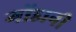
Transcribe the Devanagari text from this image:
गोंडानी